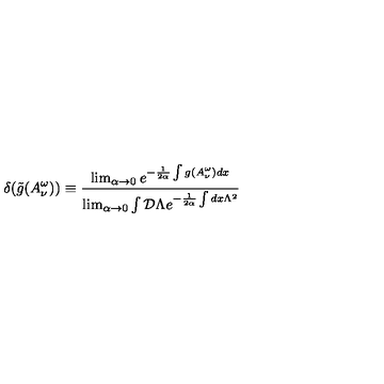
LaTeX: \delta ( \tilde { g } ( A _ { \nu } ^ { \omega } ) ) \equiv \frac { \lim _ { \alpha \rightarrow 0 } e ^ { - \frac { 1 } { 2 \alpha } \int g ( A _ { \nu } ^ { \omega } ) d x } } { \lim _ { \alpha \rightarrow 0 } \int { \cal D } \Lambda e ^ { - \frac { 1 } { 2 \alpha } \int d x \Lambda ^ { 2 } } }